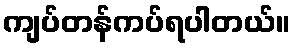
ကျပ်တန်ကပ်ရပါတယ်။